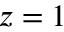
z = 1